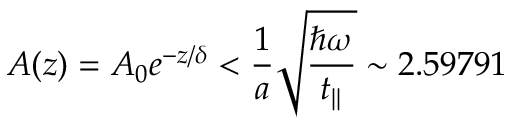
A ( z ) = A _ { 0 } e ^ { - z / \delta } < \frac { 1 } { a } \sqrt { \frac { \hbar \omega } { t _ { | | } } } \sim 2 . 5 9 7 9 1